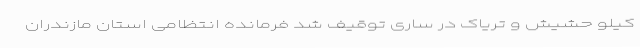
کیلو حشیش و تریاک در ساری توقیف شد فرمانده انتظامی استان مازندران